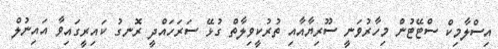
އިސްލާމިކް ސްޓޭޓުން މިހާރުވަނީ ސޫރިޔާއާއި ތުރުކީވިލާތް ގުޅޭ ސަރަހައްދީ ރޮނގު ކައިރީގައިވާ އައިނުލް